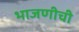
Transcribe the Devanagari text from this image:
भाजणीची